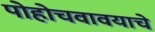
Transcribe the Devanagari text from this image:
पोहोचवावयाचे